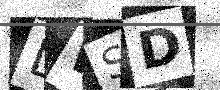
Text: LWSD